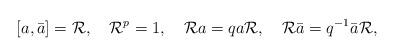
LaTeX: \begin{align*}[a,\bar{a}]={\cal R},\quad{\cal R}^p=1,\quad {\cal R} a=qa{\cal R},\quad{\cal R}\bar{a}=q^{-1}\bar{a}{\cal R},\end{align*}